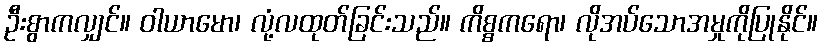
ဦးစွာကလျှင်။ ဝါယာမော၊ လုံ့လထုတ်ခြင်းသည်။ ကိစ္စကရော၊ လိုအပ်သောအမှုကိုပြုနိုင်။